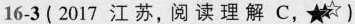
16-3 ( 2017 江苏,阅读理解 C, ★)